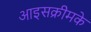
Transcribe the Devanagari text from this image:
आइसक्रीमके